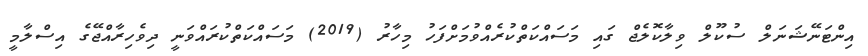
އިންޓަނޭޝަނަލް ސުކޫލް ވިލާކޮލެޖް ގައި މަސައްކަތްކުރެއްވުމަށްފަހު މިހާރު (2019) މަސައްކަތްކުރައްވަނީ ދިވެހިރާއްޖޭގެ އިސްލާމީ